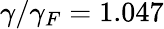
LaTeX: \gamma/\gamma_{F}=1.047